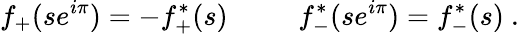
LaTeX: f_{+}(se^{i\pi})=-f_{+}^{\ast}(s)~~~~~~~~~~f_{-}^{\ast}(se^{i\pi})=f_{-}^{\ast}(s)~.